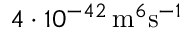
4 \cdot 1 0 ^ { - 4 2 } \, \mathrm { m } ^ { 6 } \mathrm { s } ^ { - 1 }